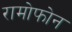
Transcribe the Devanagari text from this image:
रामोफोन